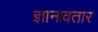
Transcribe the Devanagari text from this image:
ज्ञानावतार